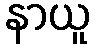
နာယူ